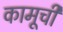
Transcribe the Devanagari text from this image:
कामूची